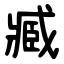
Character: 臧